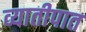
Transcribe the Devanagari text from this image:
व्यातीपात